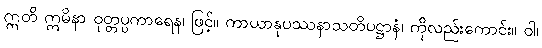
ဣတိ ဣမိနာ ဝုတ္တပ္ပကာရေန၊ ဖြင့်။ ကာယာနုပဿနာသတိပဋ္ဌာနံ၊ ကိုလည်းကောင်း။ ဝါ၊